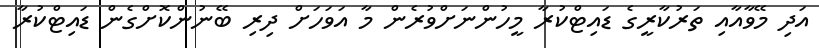
އަދި މޭވާއާއި ތަރުކާރީގެ ޑައިޓްކުރާ މީހުންނަށްވުރެން މާ އަވަހަށް ދިރި ބޭނުންކޮށްގެން ޑައިޓްކުރާ